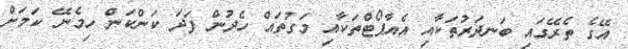
އޭގެ ތެރޭގައި ބަނދަރުތަކާއި އެއާޕޯޓްތަކާއި މަގުތައް ހެދުން ފަދަ ކަންކަން ހިމެނޭ ކަމަށް